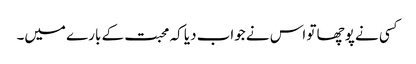
کسی نے پوچھا تو اس نے جواب دیا کہ محبت کے بارے میں۔